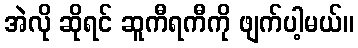
အဲလို ဆိုရင် ဆူကီရကီကို ဖျက်ပါ့မယ်။